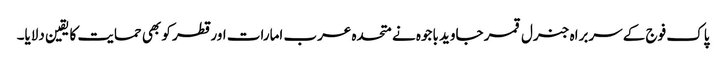
پاک فوج کے سربراہ جنرل قمر جاوید باجوہ نے متحدہ عرب امارات اور قطر کو بھی حمایت کا یقین دلایا۔